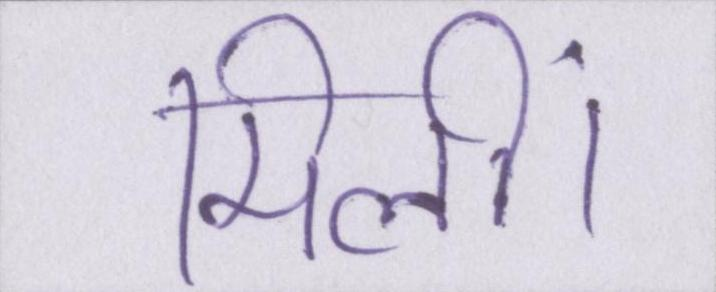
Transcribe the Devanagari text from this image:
मिलीं।